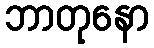
ဘာတုနော